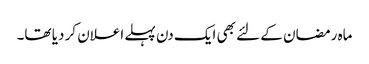
ماہ رمضان کے لئے بھی ایک دن پہلے اعلان کر دیا تھا۔